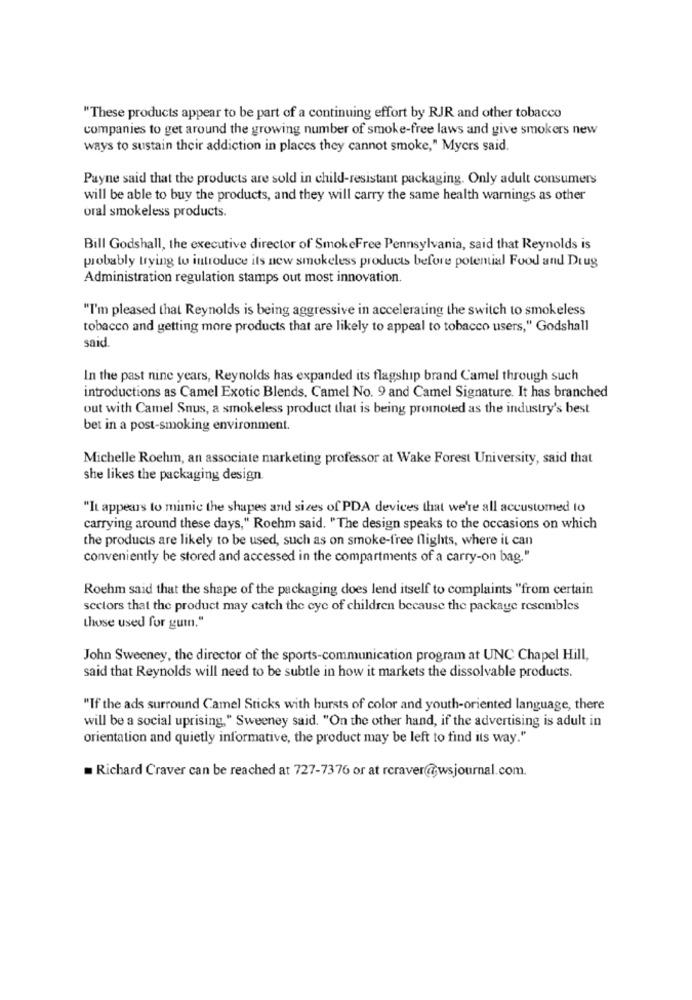
"These products appear to be part of a continuing effort by RJR and other tobacco
companies to get around the growing number of smoke-free laws and give smokers new
ways to sustain their addiction in places they cannot smoke," Myers said.
Payne said that the products are sold in child-resistant packaging. Only adult consumers
will be able to buy the products, and they will carry the same health warnings as other
oral smokeless products.
Bill Godshall, the executive director of SmokeFree Pennsylvania, said that Reynolds is
probably trying to introduce its new smokeless products before potential Food and Drug
Administration regulation stamps out most innovation.
"I'm pleased that Reynolds is being aggressive in accelerating the switch to smokeless
tobacco and getting more products that are likely to appeal to tobacco users," Godshall
said.
In the past nine years, Reynolds has expanded its flagship brand Camel through such
introductions as Camel Exotic Blends. Camel No. 9 and Camel Signature. It has branched
out with Camel Snus, a smokeless product that is being promoted as the industry's best
bet in a post-smoking environment.
Michelle Roehm, an associate marketing professor at Wake Forest University, said that
she likes the packaging design.
"It appears to mimic the shapes and sizes of PDA devices that we're all accustomed to
carrying around these days," Roehm said. "The design speaks to the occasions on which
the products are likely to be used, such as on smoke-free flights, where it can
conveniently be stored and accessed in the compartments of a carry-on bag."
Rochm said that the shape of the packaging does lend itself to complaints "from certain
scclors that the product may catch the eye of children because the package resembles
those used for guin."
John Sweeney, the director of the sports-communication program at UNC Chapel Hill,
said that Reynolds will need to be subtle in how it markets the dissolvable products.
"If the ads surround Camel Sticks with bursts of color and youth-oriented language, there
will be a social uprising," Sweeney said. "On the other hand, if the advertising is adult in
orientation and quietly informative, the product may be left to find its way."
Richard Craver can be reached at 727-7376 or at rcraver@wsjournal.com.